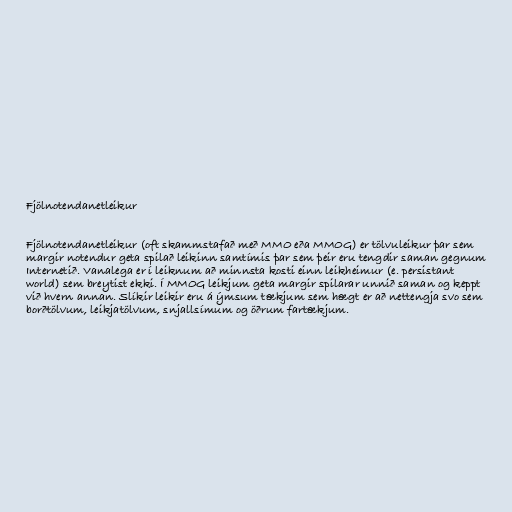
Fjölnotendanetleikur

Fjölnotendanetleikur (oft skammstafað með MMO eða MMOG) er tölvuleikur þar sem
margir notendur geta spilað leikinn samtímis þar sem þeir eru tengdir saman gegnum
Internetið. Vanalega er í leiknum að minnsta kosti einn leikheimur (e. persistant
world) sem breytist ekki. Í MMOG leikjum geta margir spilarar unnið saman og keppt
við hvern annan. Slíkir leikir eru á ýmsum tækjum sem hægt er að nettengja svo sem
borðtölvum, leikjatölvum, snjallsímum og öðrum fartækjum.